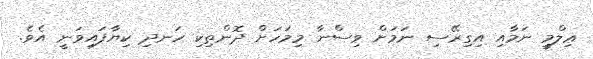
ޢިލްމީ ނަމާއި އިގިރޭސި ނަމަށް ވިސްނާ މިމަހަށް ދޮންތިކި ހަނދި ކިޔާފައިވަނީ އެވެ.